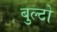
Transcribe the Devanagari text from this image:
बुल्टो